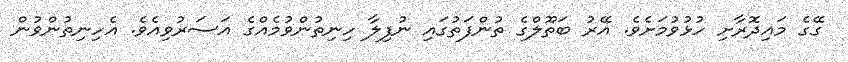
ގޭގެ މައިދޮރާށި ހުޅުވުމަށެވެ. އޭރު ބަތޫލްގެ ތުންފަތުގައި ނުފިލާ ހިނިތުންވުމެއްގެ އަސަރުވިއެވެ. އެހިނިތުންވުން